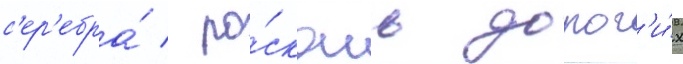
с'ер'ебра́ / ро́скошь дорог'и́х